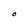
Character: O